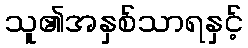
သူ၏အနှစ်သာရနှင့်